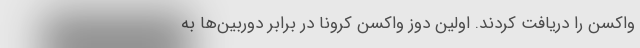
واکسن را دریافت کردند. اولین دوز واکسن کرونا در برابر دوربین‌ها به